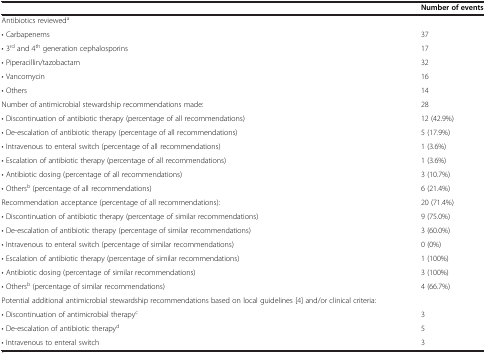
<table><thead><tr><td><b> </b></td><td><b>Number of events</b></td></tr></thead><tbody><tr><td>Antibiotics reviewed<sup>a</sup></td><td> </td></tr><tr><td>• Carbapenems</td><td>37</td></tr><tr><td>• 3<sup>rd</sup> and 4<sup>th</sup> generation cephalosporins</td><td>17</td></tr><tr><td>• Piperacillin/tazobactam</td><td>32</td></tr><tr><td>• Vancomycin</td><td>16</td></tr><tr><td>• Others</td><td>14</td></tr><tr><td>Number of antimicrobial stewardship recommendations made:</td><td>28</td></tr><tr><td>• Discontinuation of antibiotic therapy (percentage of all recommendations)</td><td>12 (42.9%)</td></tr><tr><td>• De-escalation of antibiotic therapy (percentage of all recommendations)</td><td>5 (17.9%)</td></tr><tr><td>• Intravenous to enteral switch (percentage of all recommendations)</td><td>1 (3.6%)</td></tr><tr><td>• Escalation of antibiotic therapy (percentage of all recommendations)</td><td>1 (3.6%)</td></tr><tr><td>• Antibiotic dosing (percentage of all recommendations)</td><td>3 (10.7%)</td></tr><tr><td>• Others<sup>b</sup> (percentage of all recommendations)</td><td>6 (21.4%)</td></tr><tr><td>Recommendation acceptance (percentage of all recommendations):</td><td>20 (71.4%)</td></tr><tr><td>• Discontinuation of antibiotic therapy (percentage of similar recommendations)</td><td>9 (75.0%)</td></tr><tr><td>• De-escalation of antibiotic therapy (percentage of similar recommendations)</td><td>3 (60.0%)</td></tr><tr><td>• Intravenous to enteral switch (percentage of similar recommendations)</td><td>0 (0%)</td></tr><tr><td>• Escalation of antibiotic therapy (percentage of similar recommendations)</td><td>1 (100%)</td></tr><tr><td>• Antibiotic dosing (percentage of similar recommendations)</td><td>3 (100%)</td></tr><tr><td>• Others<sup>b</sup> (percentage of similar recommendations)</td><td>4 (66.7%)</td></tr><tr><td>Potential additional antimicrobial stewardship recommendations based on local guidelines [4] and/or clinical criteria:</td><td> </td></tr><tr><td>• Discontinuation of antimicrobial therapy<sup>c</sup></td><td>3</td></tr><tr><td>• De-escalation of antibiotic therapy<sup>d</sup></td><td>5</td></tr><tr><td>• Intravenous to enteral switch</td><td>3</td></tr></tbody></table>